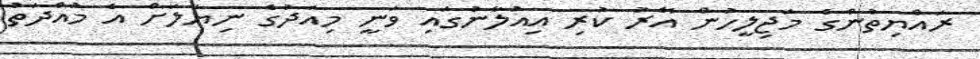
ރައްޔިތުންގެ މަޖިލީހުން އޭރު ކުރި އިއުލާނުގައި ވަނީ މިއަދުގެ ނިޔަލަށް އެ މުއްދަތު